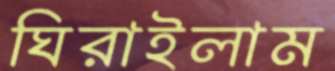
ঘিরাইলাম